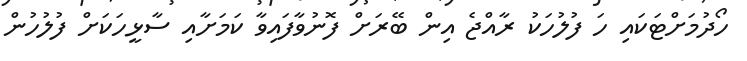
ހޯދުމަށްޓަކައި ހަ ފުލުހަކު ރާއްޖެ އިން ބޭރަށް ފޮނުވާފައިވާ ކަމަށާއި ސާޅީހަކަށް ފުލުހުން